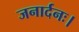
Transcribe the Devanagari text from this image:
जनार्दनः।